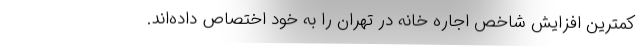
کمترین افزایش شاخص اجاره خانه در تهران را به خود اختصاص داده‌اند.